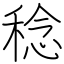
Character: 稔